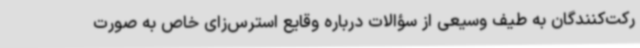
رکت‌کنندگان به طیف وسیعی از سؤالات درباره وقایع استرس‌زای خاص به صورت